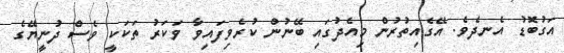
އަގުބޮޑު އެނދެވެ. އޭގެއިތުރުން މިއެދުގައި ބޭނުން ކުރެވިފައިވާ ވަކަރު ތަކަކީ ވެސް ދުނީޔޭގެ